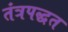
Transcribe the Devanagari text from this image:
तंत्रपद्धत